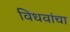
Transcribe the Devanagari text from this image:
विधवांचा